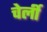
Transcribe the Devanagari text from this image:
चेर्ली